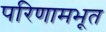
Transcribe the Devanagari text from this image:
परिणामभूत